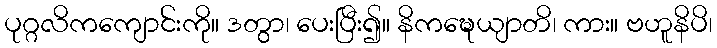
ပုဂ္ဂလိကကျောင်းကို။ ဒတွာ၊ ပေးပြီး၍။ နိကဍ္ဎေယျာတိ၊ ကား။ ဗဟူနိပိ၊